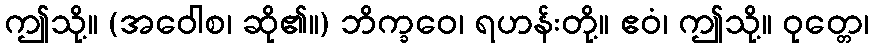
ဤသို့။ (အဝေါစ၊ ဆို၏။) ဘိက္ခဝေ၊ ရဟန်းတို့။ ဧဝံ၊ ဤသို့။ ဝုတ္တေ၊